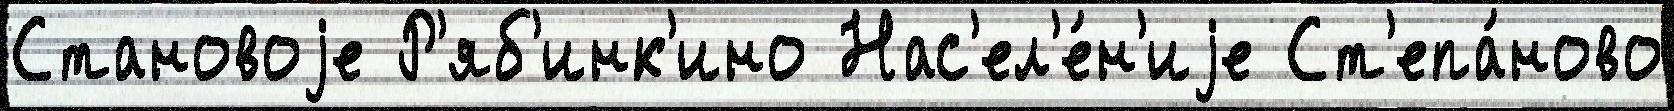
Становоjе Р'яб'инк'ино Нас'ел'е́н'иjе Ст'епа́ново